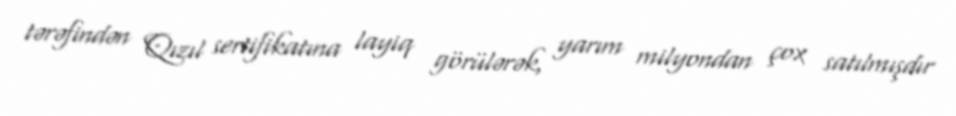
tərəfindən Qızıl sertifikatına layiq görülərək, yarım milyondan çox satılmışdır